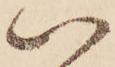
い